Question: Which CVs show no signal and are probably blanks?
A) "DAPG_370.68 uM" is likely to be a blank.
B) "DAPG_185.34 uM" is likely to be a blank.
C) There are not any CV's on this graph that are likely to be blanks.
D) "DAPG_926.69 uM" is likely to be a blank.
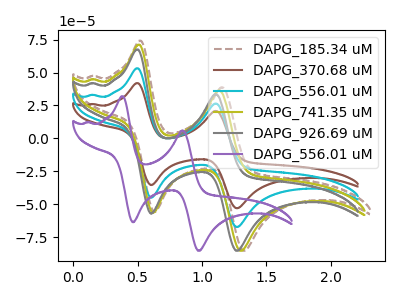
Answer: <think>The brown dashed curve "DAPG_185.34 uM" has anodic peaks at (0.50V, 74.25uA) (1.15V, 38.85uA) and cathodic peaks at (0.65V, -55.90uA) (1.30V, -85.45uA). The brown curve "DAPG_370.68 uM" has anodic peaks at (0.50V, 106.50uA) (1.10V, 53.00uA) and cathodic peaks at (0.60V, -90.10uA) (1.25V, -134.75uA). The cyan curve "DAPG_556.01 uM" has anodic peaks at (0.50V, 53.25uA) (1.10V, 26.50uA) and cathodic peaks at (0.60V, -45.05uA) (1.25V, -67.35uA). The olive curve "DAPG_741.35 uM" has anodic peaks at (0.50V, 71.20uA) (1.15V, 36.45uA) and cathodic peaks at (0.60V, -56.50uA) (1.30V, -85.45uA). The gray curve "DAPG_926.69 uM" has anodic peaks at (0.50V, 67.55uA) (1.10V, 33.65uA) and cathodic peaks at (0.60V, -57.15uA) (1.25V, -85.45uA). The purple curve "DAPG_556.01 uM" has anodic peaks at (0.40V, 32.00uA) (0.85V, 5.95uA) and cathodic peaks at (0.45V, -63.75uA) (0.95V, -85.45uA).</think>
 <answer>C) There are not any CV's on this graph that are likely to be blanks.</answer>
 <eval>C</eval>